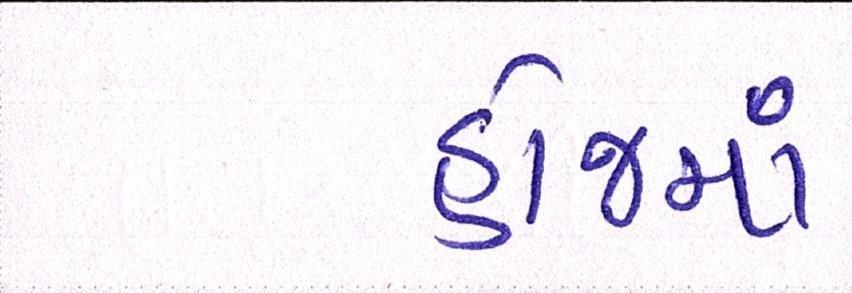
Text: હોજમાં